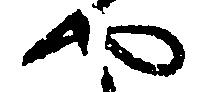
や